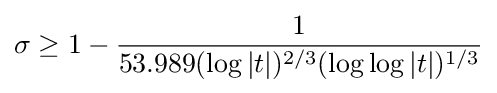
\sigma \geq 1-{\frac {1}{53.989(\log |t|)^{2/3}(\log \log |t|)^{1/3}}}